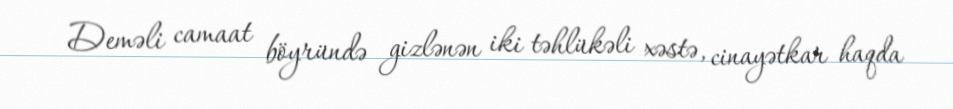
Deməli camaat böyründə gizlənən iki təhlükəli xəstə, cinayətkar haqda